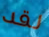
لقد